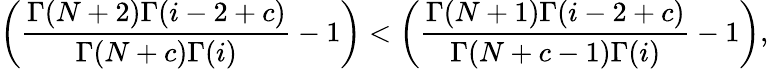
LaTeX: \left(\frac{\Gamma(N+2)\Gamma(i-2+c)}{\Gamma(N+c)\Gamma(i)}-1\right)<\left(\frac{\Gamma(N+1)\Gamma(i-2+c)}{\Gamma(N+c-1)\Gamma(i)}-1\right),